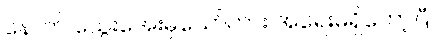
နောက် သွေးအေးမှသော်ကား အရေးမရှိတော့ပြီ။